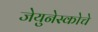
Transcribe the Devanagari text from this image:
जेयुनेस्कोचे